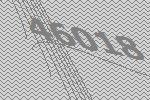
46018